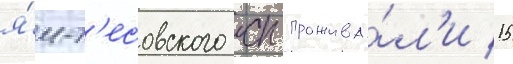
я́м-т'есовского сп прожива́л'и 15